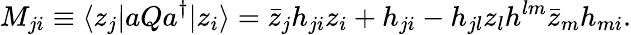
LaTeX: M_{ji}\equiv\langle z_{j}|aQa^{\dagger}|z_{i}\rangle=\bar{z}_{j}h_{ji}z_{i}+h_{ji}-h_{jl}z_{l}h^{lm}\bar{z}_{m}h_{mi}.